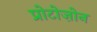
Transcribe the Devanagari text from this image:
प्रोटोज़ोन